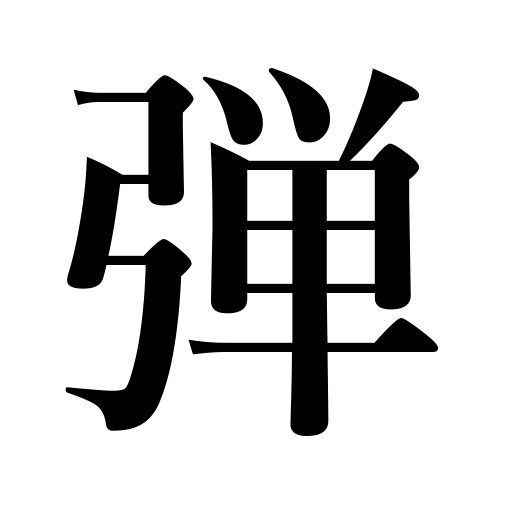
Meanings: be inspired,rebound,shot,be spurred on,shell,spring,bound,breathe with difficulty,be generous in tipping,play on,bullet,invest in